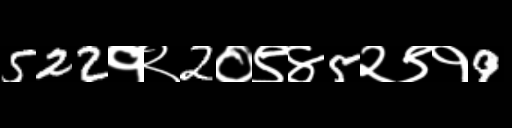
Text: 522१२2०९४5२९१9